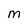
Character: m